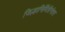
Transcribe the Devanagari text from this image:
जिल्हानिर्मितीनंतर